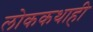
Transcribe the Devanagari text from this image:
लोककथाही